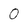
Character: 0